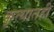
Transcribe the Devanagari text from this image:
कृत्यातही